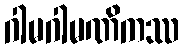
ဂါမဂါမဏိကဿ